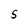
Character: S